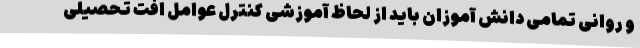
و روانی تمامی دانش آموزان باید از لحاظ آموزشی کنترل عوامل افت تحصیلی